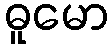
ဓူမော